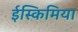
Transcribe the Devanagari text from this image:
ईस्किमिया